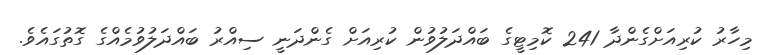
މިހާރު ކުރިއަށްގެންދާ 241 ކޮމިޓީގެ ބައްދަލުވުން ކުރިއަށް ގެންދަނީ ސިއްރު ބައްދަލުވުމެއްގެ ގޮތުގައެވެ.